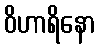
ဝိဟာရိနော